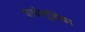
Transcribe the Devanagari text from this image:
पार्श्वभूमिका